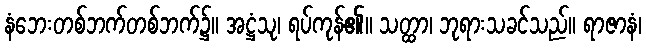
နံဘေးတစ်ဘက်တစ်ဘက်၌။ အဋ္ဌံသု၊ ရပ်ကုန်၏။ သတ္ထာ၊ ဘုရားသခင်သည်။ ရာဇာနံ၊